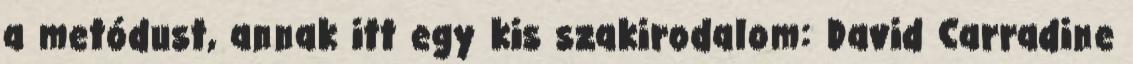
a metódust, annak itt egy kis szakirodalom: David Carradine